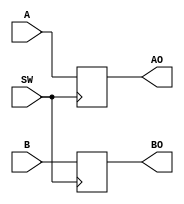
module ab_dis(A,B,SW,AO,BO);

input [3:0]A;
input [3:0]B;
input SW;
output reg [3:0]AO;
output reg [3:0]BO;

always @(posedge SW)
begin 
AO<=A;
BO<=B;
end 
endmodule